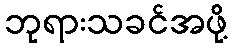
ဘုရားသခင်အဖို့